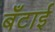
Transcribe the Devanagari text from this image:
बँटाई